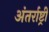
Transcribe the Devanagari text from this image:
अंतर्राष्ट्री